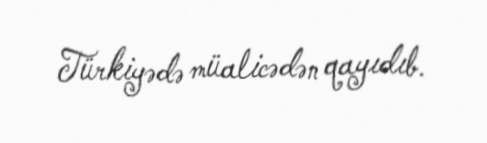
Türkiyədə müalicədən qayıdıb.